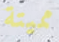
مميتة